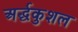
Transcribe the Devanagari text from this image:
अर्द्धकुशल